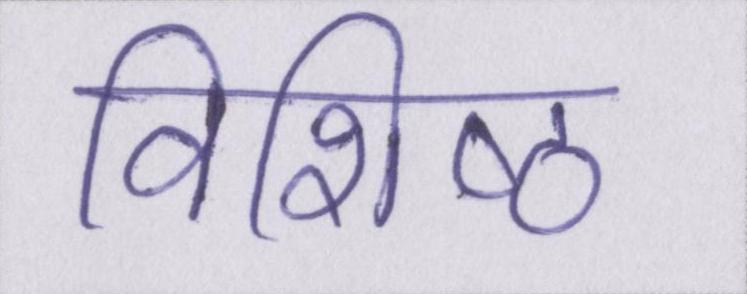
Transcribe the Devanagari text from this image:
विशिष्ठ